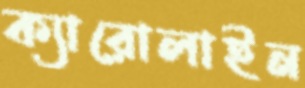
ক্যারোলাইন